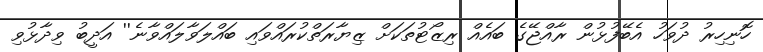
ހޮނިހިރު ދުވަހު އެބޭފުޅުން ރާއްޖޭގެ ބައެއް ރިޒޯޓުތަކަށް ޒިޔާރަތްކުރައްވައި ބައްލަވާލައްވާނެ'' އަދީބު ވިދާޅުވި